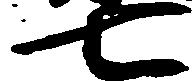
七